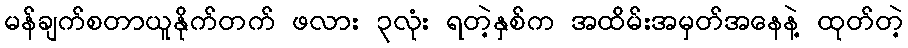
မန်ချက်စတာယူနိုက်တက် ဖလား ၃လုံး ရတဲ့နှစ်က အထိမ်းအမှတ်အနေနဲ့ ထုတ်တဲ့